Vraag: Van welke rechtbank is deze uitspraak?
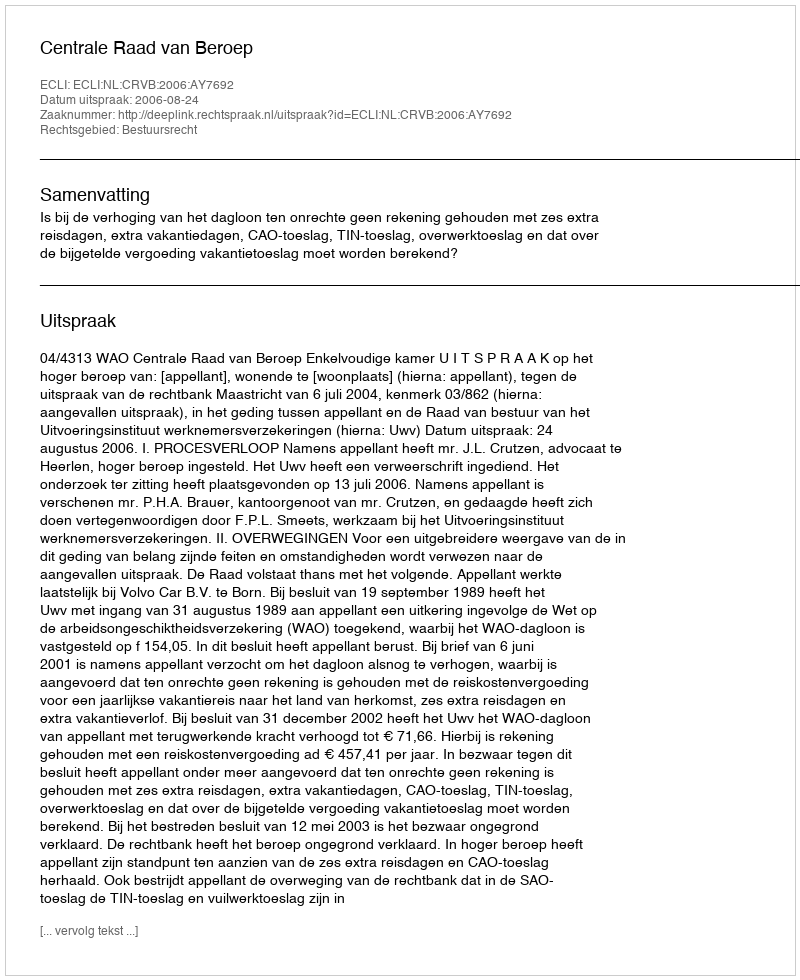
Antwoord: Centrale Raad van Beroep